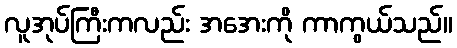
လူအုပ်ကြီးကလည်း အအေးကို ကာကွယ်သည်။